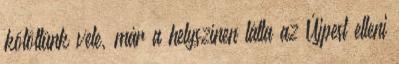
kötöttünk vele, már a helyszínen látta az Újpest elleni